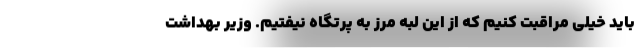
باید خیلی مراقبت کنیم که از این لبه مرز به پرتگاه نیفتیم. وزیر بهداشت